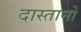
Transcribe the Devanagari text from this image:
दास्तानों